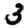
Digit: 3